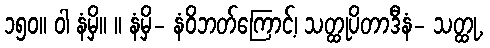
၁၅၀။ ဝါ နံမှိ။ ။ နံမှိ- နံဝိဘတ်ကြောင့်၊ သတ္ထုပိတာဒီနံ- သတ္ထု,